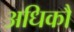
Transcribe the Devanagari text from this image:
अधिकौ